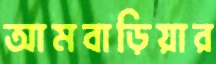
আমবাড়িয়ার